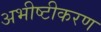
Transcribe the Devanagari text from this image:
अभीष्टीकरण